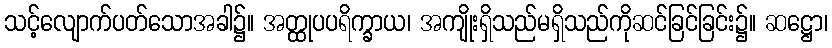
သင့်လျောက်ပတ်သောအခါ၌။ အတ္ထုပပရိက္ခာယ၊ အကျိုးရှိသည်မရှိသည်ကိုဆင်ခြင်ခြင်း၌။ ဆဋ္ဌော၊